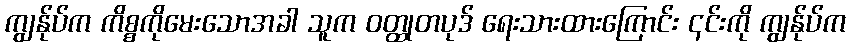
ကျွန်ုပ်က ကိစ္စကိုမေးသောအခါ သူက ဝတ္ထုတပုဒ် ရေးသားထားကြောင်း ၎င်းကို ကျွန်ုပ်က